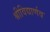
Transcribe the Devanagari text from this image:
श्रीविद्यार्णव